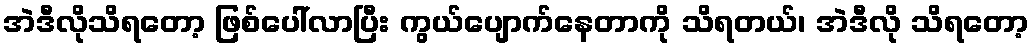
အဲဒီလိုသိရတော့ ဖြစ်ပေါ်လာပြီး ကွယ်ပျောက်နေတာကို သိရတယ်၊ အဲဒီလို သိရတော့